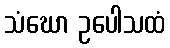
သံဃော ဥပေါသထံ